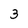
Character: 3